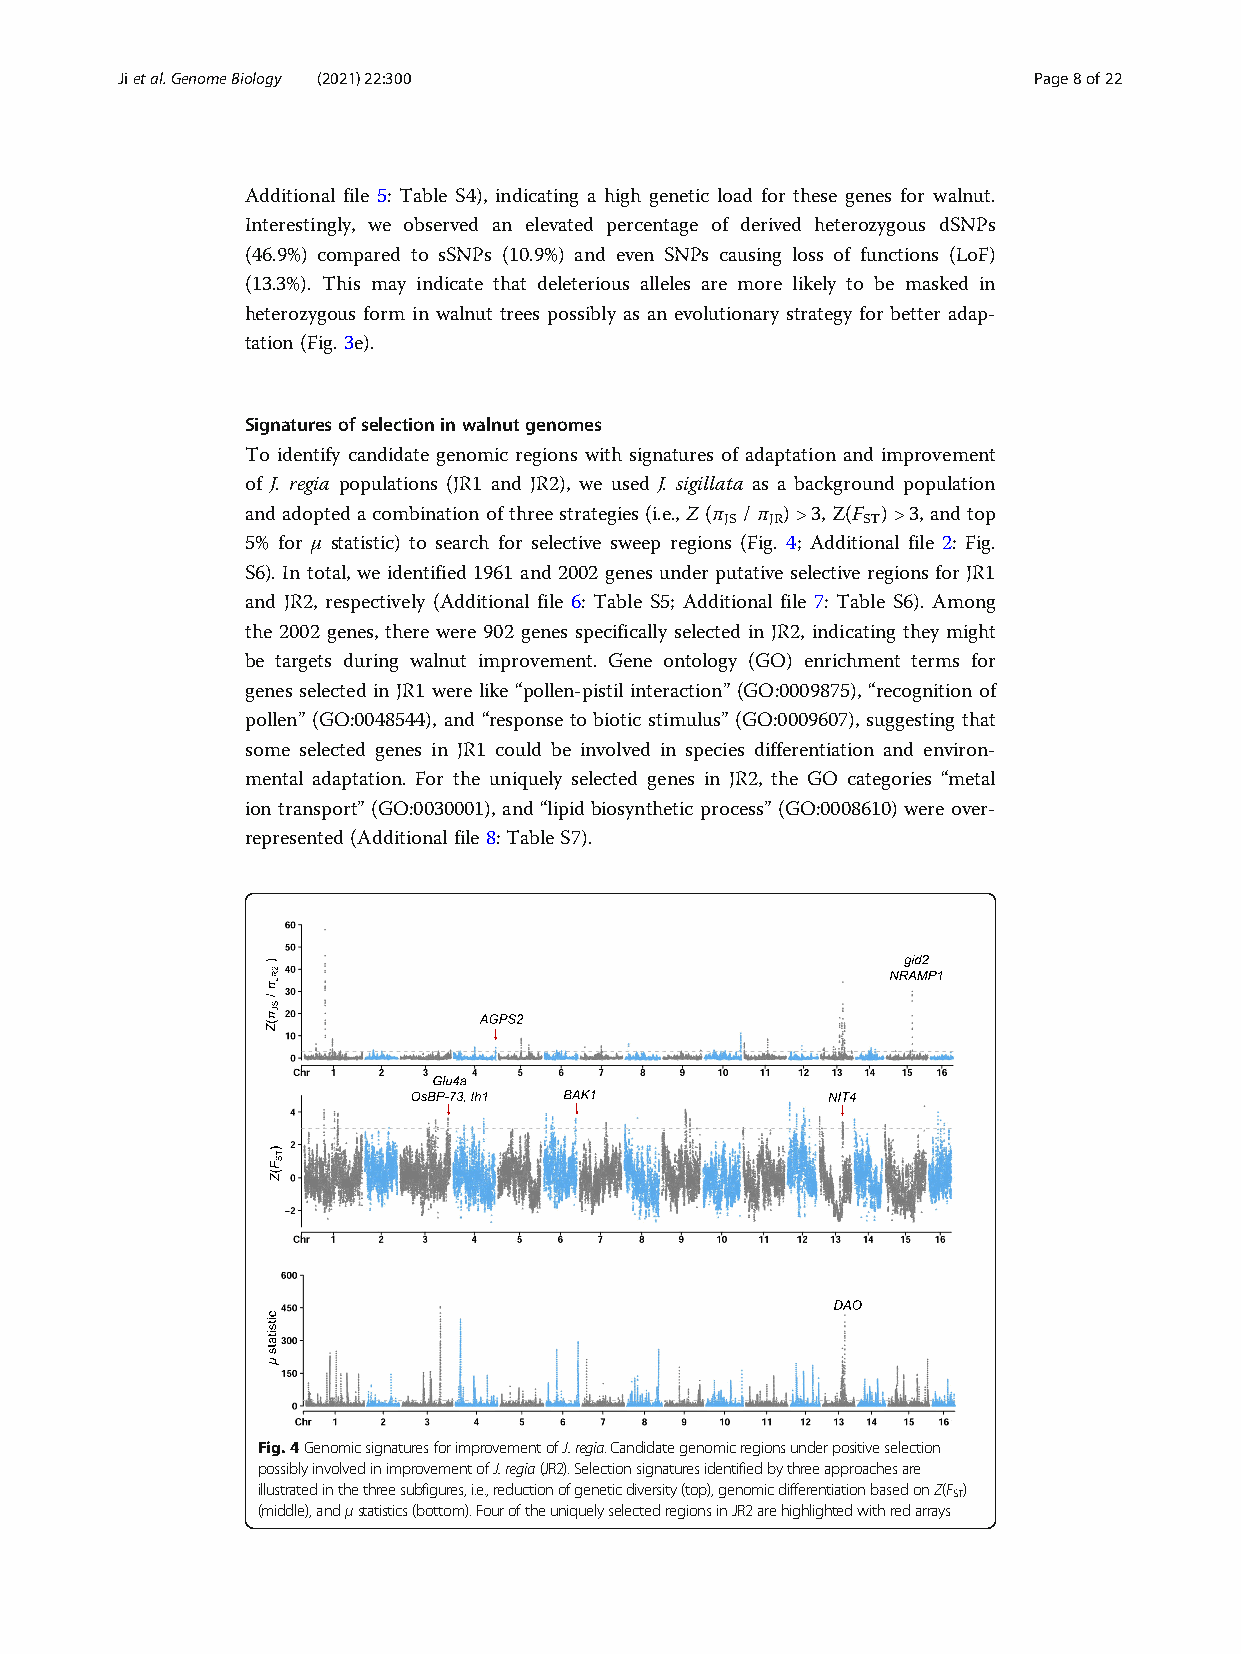
Jietal.GenomeBiology (2021) 22:300                          Page8of22
 Additional file 5: Table S4), indicating a high genetic load for these genes for walnut.
 Interestingly, we observed an elevated percentage of derived heterozygous dSNPs
 (46.9%) compared to sSNPs (10.9%) and even SNPs causing loss of functions (LoF)
 (13.3%). This may indicate that deleterious alleles are more likely to be masked in
 heterozygous form in walnut trees possibly as an evolutionary strategy for better adap-
 tation (Fig. 3e).
 Signaturesofselectioninwalnutgenomes
 To identify candidate genomic regions with signatures of adaptation and improvement
 of J. regia populations (JR1 and JR2), we used J. sigillata as a background population
 and adopted a combination of three strategies (i.e., Z (π / π ) >3, Z(F ) >3, and top
 JS JR    ST
 5% for μ statistic) to search for selective sweep regions (Fig. 4; Additional file 2: Fig.
 S6). In total, we identified 1961 and 2002 genes under putative selective regions for JR1
 and JR2, respectively (Additional file 6: Table S5; Additional file 7: Table S6). Among
 the 2002 genes, there were 902 genes specifically selected in JR2, indicating they might
 be targets during walnut improvement. Gene ontology (GO) enrichment terms for
 genes selected in JR1 were like “pollen-pistil interaction” (GO:0009875), “recognition of
 pollen” (GO:0048544), and “response to biotic stimulus” (GO:0009607), suggesting that
 some selected genes in JR1 could be involved in species differentiation and environ-
 mental adaptation. For the uniquely selected genes in JR2, the GO categories “metal
 ion transport” (GO:0030001), and “lipid biosynthetic process” (GO:0008610) were over-
 represented(Additional file8:TableS7).
 Fig.4GenomicsignaturesforimprovementofJ.regia.Candidategenomicregionsunderpositiveselection
 possiblyinvolvedinimprovementofJ.regia(JR2).Selectionsignaturesidentifiedbythreeapproachesare
 illustratedinthethreesubfigures,i.e.,reductionofgeneticdiversity(top),genomicdifferentiationbasedonZ(F )
 ST
 (middle),andμstatistics(bottom).FouroftheuniquelyselectedregionsinJR2arehighlightedwithredarrays